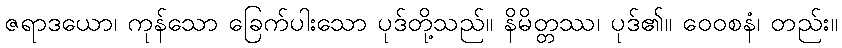
ဇရာဒယော၊ ကုန်သော ခြေက်ပါးသော ပုဒ်တို့သည်။ နိမိတ္တဿ၊ ပုဒ်၏။ ဝေဝစနံ၊ တည်း။